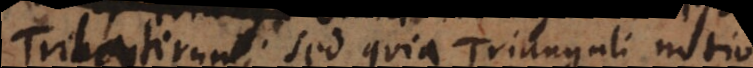
Trilaterum; sed quia Trianguli notio